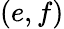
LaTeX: (e,f)